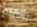
بالقاء